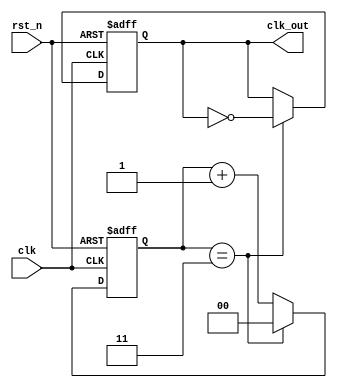
module frequency_divider_counter #(
    parameter DIV_FACTOR = 4  // Default division factor
)(
    input wire clk,            // Input clock signal
    input wire rst_n,         // Asynchronous reset (active low)
    output reg clk_out        // Output divided clock signal
);

    reg [$clog2(DIV_FACTOR)-1:0] counter; // Counter to count clock cycles

    always @(posedge clk or negedge rst_n) begin
        if (!rst_n) begin
            counter <= 0;      // Reset counter to 0
            clk_out <= 0;      // Initialize output clock to 0
        end else begin
            if (counter == DIV_FACTOR - 1) begin
                counter <= 0;   // Reset counter
                clk_out <= ~clk_out; // Toggle output clock
            end else begin
                counter <= counter + 1; // Increment counter
            end
        end
    end

endmodule